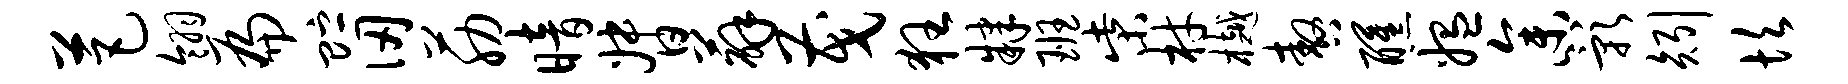
芭翎扁贮仞筋暗督薜茂狂肄班柴材樾嗷醺媪参影矧坎